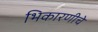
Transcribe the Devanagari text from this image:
भिकारणीचे